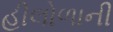
હીલોળાની